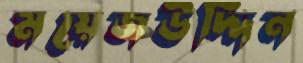
ময়েজউদ্দিন